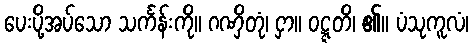
ပေးပို့အပ်သော သင်္ကန်းကို။ ဂဏှိတုံ၊ ငှာ။ ဝဋ္ဋတိ၊ ၏။ ပံသုကူလံ၊